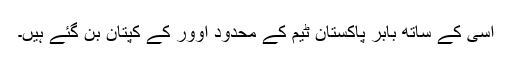
اسی کے ساتھ بابر پاکستان ٹیم کے محدود اوور کے کپتان بن گئے ہیں۔